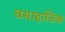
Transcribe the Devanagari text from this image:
वसाहातिक